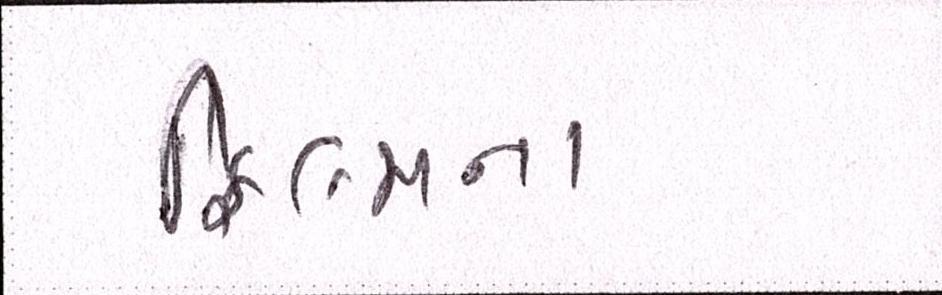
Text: ફિલ્મના